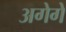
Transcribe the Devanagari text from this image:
अगेगे